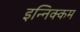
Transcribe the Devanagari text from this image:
इन्निक्कम